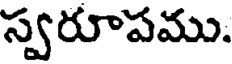
స్వరూపము.